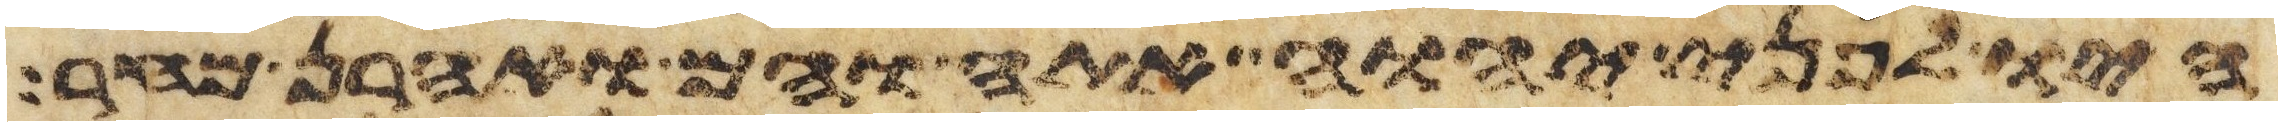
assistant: היו לפני יהוה אתה והם ואהרן מחר